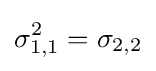
\sigma _{1,1}^{2}=\sigma _{2,2}